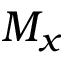
M _ { x }